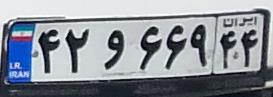
۴۲و۶۶۹۴۴